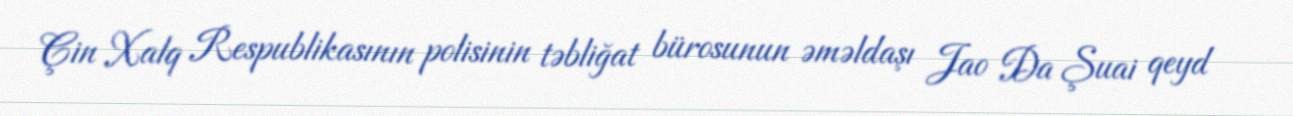
Çin Xalq Respublikasının polisinin təbliğat bürosunun əməldaşı Jao Da Şuai qeyd